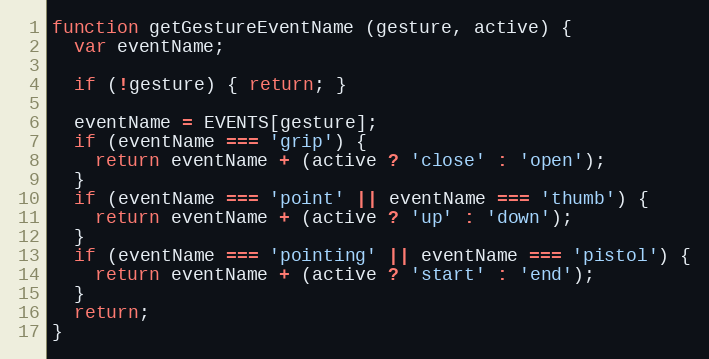
Language: JavaScript
function getGestureEventName (gesture, active) {
  var eventName;

  if (!gesture) { return; }

  eventName = EVENTS[gesture];
  if (eventName === 'grip') {
    return eventName + (active ? 'close' : 'open');
  }
  if (eventName === 'point' || eventName === 'thumb') {
    return eventName + (active ? 'up' : 'down');
  }
  if (eventName === 'pointing' || eventName === 'pistol') {
    return eventName + (active ? 'start' : 'end');
  }
  return;
}